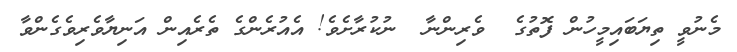
މެނުވީ ތިޔަބައިމީހުން ފޮތުގެ  ވެރިންނާ  ނުކުރާށެވެ! އެއުރެންގެ ތެރެއިން އަނިޔާވެރިވެގެންވާ